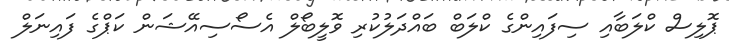
ޕޮލިސް ކްލަބާއި ސިފައިންގެ ކްލަބް ބައްދަލުކުރި ވޮލީބޯލް އެސޯސިއޭޝަން ކަޕްގެ ފައިނަލް